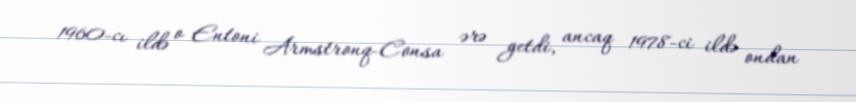
1960-cı ildə o Entoni Armstronq-Consa ərə getdi, ancaq 1978-ci ildə ondan